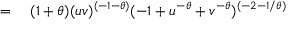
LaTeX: \begin{array} { r l } { = { } } & { { } ( 1 + \theta ) ( u v ) ^ { ( - 1 - \theta ) } ( - 1 + u ^ { - \theta } + v ^ { - \theta } ) ^ { ( - 2 - 1 / \theta ) } } \end{array}